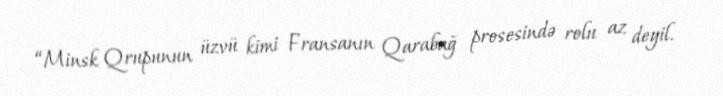
“Minsk Qrupunun üzvü kimi Fransanın Qarabağ prosesində rolu az deyil.